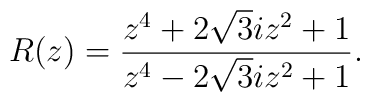
R(z) = \frac{z^4 + 2\sqrt{3} i z^2 + 1}{z^4 - 2 \sqrt{3} i z^2 + 1}.